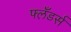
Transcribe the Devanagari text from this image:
फ्लँडर्स